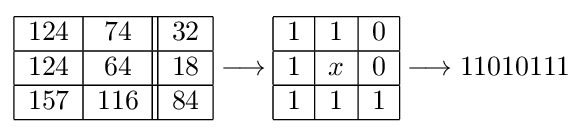
{\begin{array}{|c|c||c|}\hline 124&74&32\\\hline 124&64&18\\\hline 157&116&84\\\hline \end{array}}\longrightarrow {\begin{array}{|c|c|c|}\hline 1&1&0\\\hline 1&x&0\\\hline 1&1&1\\\hline \end{array}}\longrightarrow 11010111